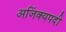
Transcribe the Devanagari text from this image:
अजिंक्यपदी